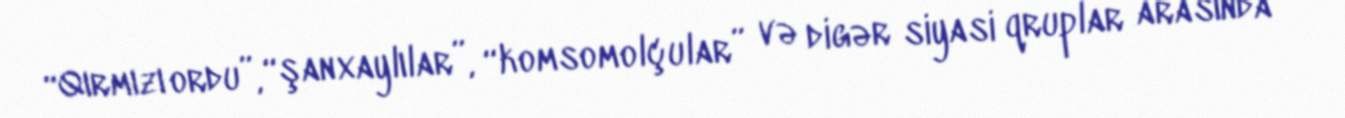
“Qırmızı ordu”, “şanxaylılar”, “komsomolçular” və digər siyasi qruplar arasında